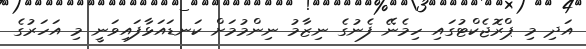
އަދި މި ޕްރޮޖެކްޓުގައި ހިމެނޭ ފެނުގެ ނިޒާމު ނިންމުމަށް ކަނޑައަޅާފައިވަނީ މި އަހަރުގެ